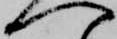
へ